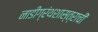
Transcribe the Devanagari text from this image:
नाडीग्रंथशास्त्राची